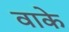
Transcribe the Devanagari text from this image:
वाके